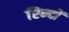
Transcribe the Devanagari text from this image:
रिन्दों